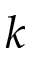
k